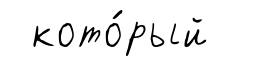
кото́рый